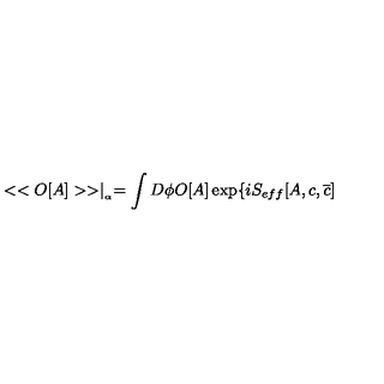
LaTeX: < < O [ A ] > > \mid _ { _ { \alpha } } = \int D \phi O [ A ] \exp \{ i S _ { e f f } [ A , c , \overline { { c } } ]